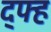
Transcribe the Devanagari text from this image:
द्फ्ह